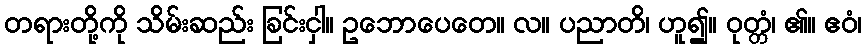
တရားတို့ကို သိမ်းဆည်း ခြင်းငှါ။ ဥဘောပေတေ။ လ။ ပညာတိ၊ ဟူ၍။ ဝုတ္တံ၊ ၏။ ဧဝံ၊